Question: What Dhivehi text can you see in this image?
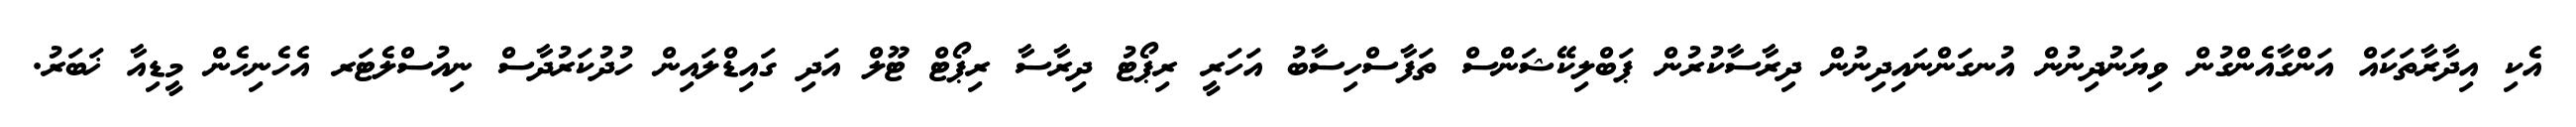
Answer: އެކި އިދާރާތަކައް އަންގާއެންގުން ވިޔަނުދިނުން އުނގަންނައިދިނުން ދިރާސާކުރުން ޕަބްލިކޭޝަންސް ތަފާސްހިސާބު އަހަރީ ރިޕޯޓު ދިރާސާ ރިޕޯޓް ޓޫލް އަދި ގައިޑްލައިން ހުދުކަރުދާސް ނިއުސްލެޓަރ އެހެނިހެން މީޑިއާ ޚަބަރު.